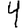
Digit: 4